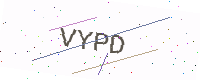
Text: VYPD